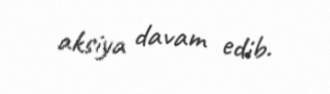
aksiya davam edib.